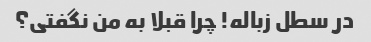
در سطل زباله! چرا قبلا به من نگفتی؟